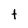
Character: t